Report of an investigation into the causes of the diseases known in Assam as Kála-Azár and Beri-Beri
Disease focus: Beri-Beri
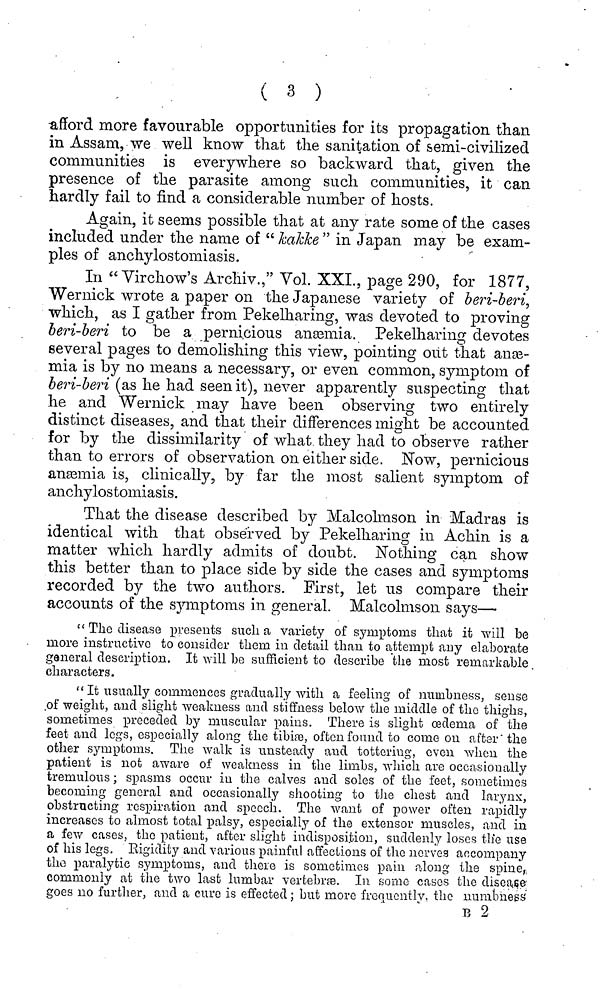
( 3 )
afford more favourable opportunities for its propagation than.
in Assam, we well know that the sanitation of semi-civilized
communities is everywhere so backward that, given the
presence of the parasite among such communities, it can
hardly fail to find a considerable number of hosts.
Again, it seems possible that at any rate some of the cases
included under the name of " kakke " in Japan may be exam-
ples of anchylostomiasis.
In "Virchow's Archiv.," Vol. XXL, page 290, for 1877,
Wernick wrote a paper on the Japanese variety of beri-beri,
which, as I gather from Pekelharing, was devoted to proving
beri-beri to be a pernicious ansemia. Pekelharing devotes
several pages to demolishing this view, pointing out that ane-
mia is by no means a necessary, or even common, symptom of
beri-beri (as he had seen it), never apparently suspecting that
he and Wernick may have been observing two entirely
distinct diseases, and that their differences might be accounted
for by the dissimilarity of what they had to observe rather
than to errors of observation on either side. Now, pernicious
anaemia is, clinically, by far the most salient symptom of
anchylos tomiasis.
That the disease described by Malcolmson in Madras is
identical with that observed by Pekelharing in Achin is a
matter which hardly admits of doubt. Nothing can show
this better than to place side by side the cases and symptoms
recorded by the two authors. First, let us compare their
accounts of the symptoms in general. Malcolmson says—
" The disease presents such a variety of symptoms that it will be
more instructive to consider them in detail than to attempt any elaborate
general description. It will be sufficient to describe the most remarkable
characters.
" It usually commences gradually with a feeling of numbness, sense
of weight, and slight weakness and stiffness below the middle of the thighs,
sometimes preceded by muscular pains. There is slight oedema of the
feet and legs, especially along the tibiæ, often found to come on after the
other symptoms. The walk is unsteady and tottering, even when the
patient is not aware of weakness in the limbs, which are occasionally
tremulous ; spasms occur in the calves and soles of the feet, sometimes
becoming general and occasionally shooting to the chest and larynx,
obstructing respiration and speech. The want of power often rapidly
increases to almost total palsy, especially of the extensor muscles, and in
a few cases, the patient, after slight indisposition, suddenly loses the use
of his legs. Rigidity and various painful affections of the nerves accompany
the paralytic symptoms, and there is sometimes pain along the spine,
commonly at the two last lumbar vertebræ. In some cases the disease
goes no further, and a cure is effected ; but more frequently. the numbness
Β 2